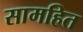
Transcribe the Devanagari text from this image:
सामहित